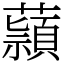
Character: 蘏